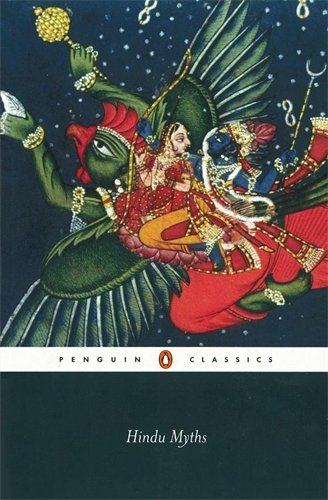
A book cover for Hindu Myths: A Sourcebook Translated from the Sanskrit (Penguin Classics); Anonymous; Christian Books & Bibles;